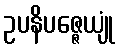
ဥပနိပဇ္ဇေယျုံ